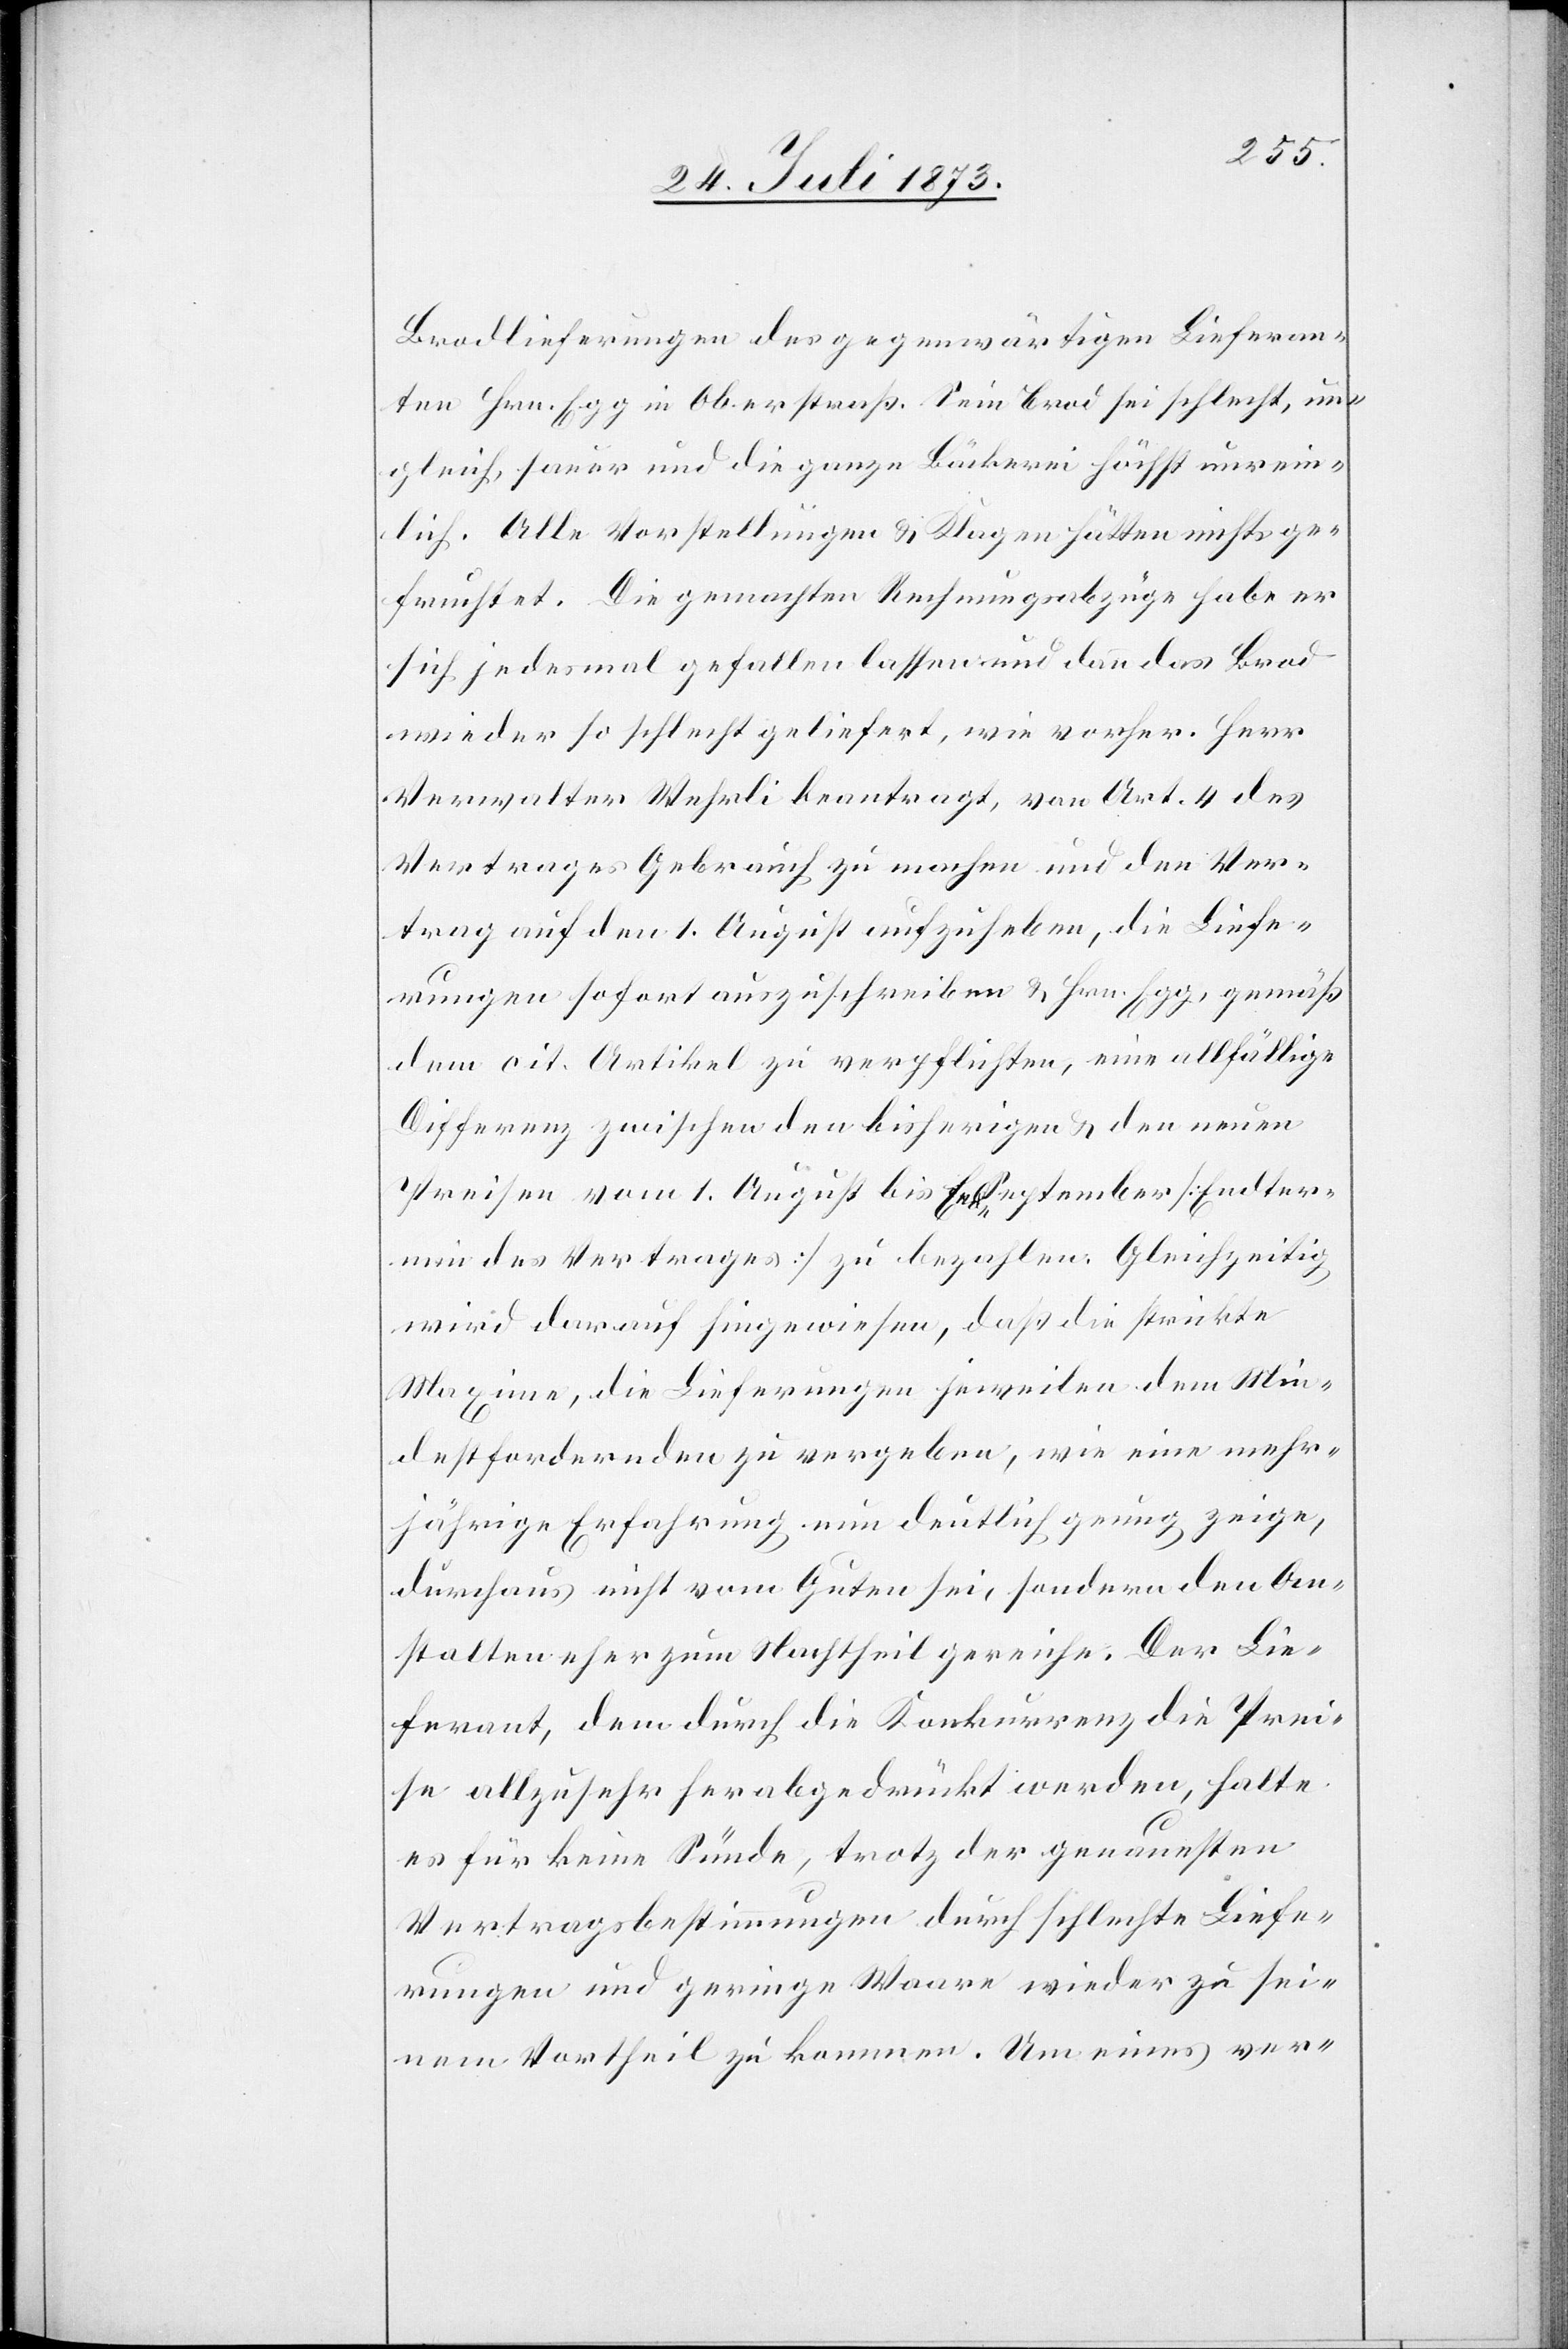
Brodlieferungen des gegenwärtigen Lieferan¬
ten Hrn. Egg in Oberstraß. Sein Brod sei schlecht, un¬
gleich, sauer und die ganze Bäckerei höchst unrein¬
lich. Alle Vorstellungen & Klagen hätten nichts ge¬
fruchtet. Die gemachten Rechnungsabzüge habe er
sich jedesmal gefallen lassen und dann das Brod
wieder so schlecht geliefert, wie vorher. Herr
Verwalter Wehrli beantragt, von Art. 4 des
Vertrages Gebrauch zu machen und den Ver¬
trag auf den 1. August aufzuheben, die Liefe¬
rungen sofort auszuschreiben & Hrn. Egg, gemäß
dem cit. Artikel zu verpflichten, eine allfällige
Differenz zwischen den bisherigen & den neuen
Preisen vom 1. August bis Ende September [Endter¬
min des Vertrages] zu bezahlen. Gleichzeitig
wird darauf hingewiesen, daß die strickte
Maxime, die Lieferungen jeweilen dem Min¬
destfordernden zu vergeben, wie eine mehr¬
jährige Erfahrung nun deutlich genug zeige,
durchaus nicht vom Guten sei, sondern den An¬
stalten eher zum Nachtheil gereiche. Der Lie¬
ferant, dem durch die Konkurrenz die Prei¬
se allzusehr herabgedrückt werden, halte
es für keine Sünde, trotz der genauesten
Vertragsbestimmungen durch schlechte Liefe¬
rungen und geringe Waare wieder zu sei¬
nem Vortheil zu kommen. Um eines ver-